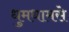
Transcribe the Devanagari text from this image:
धुमधामसे